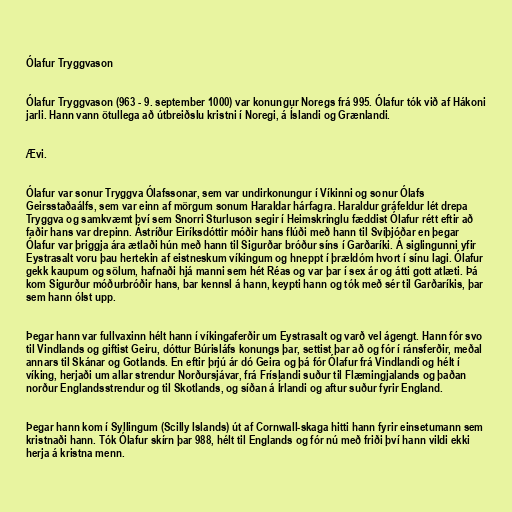
Ólafur Tryggvason

Ólafur Tryggvason (963 - 9. september 1000) var konungur Noregs frá 995. Ólafur tók við af Hákoni
jarli. Hann vann ötullega að útbreiðslu kristni í Noregi, á Íslandi og Grænlandi.

Ævi.

Ólafur var sonur Tryggva Ólafssonar, sem var undirkonungur í Víkinni og sonur Ólafs
Geirsstaðaálfs, sem var einn af mörgum sonum Haraldar hárfagra. Haraldur gráfeldur lét drepa
Tryggva og samkvæmt því sem Snorri Sturluson segir í Heimskringlu fæddist Ólafur rétt eftir að
faðir hans var drepinn. Ástríður Eiríksdóttir móðir hans flúði með hann til Svíþjóðar en þegar
Ólafur var þriggja ára ætlaði hún með hann til Sigurðar bróður síns í Garðaríki. Á siglingunni yfir
Eystrasalt voru þau hertekin af eistneskum víkingum og hneppt í þrældóm hvort í sínu lagi. Ólafur
gekk kaupum og sölum, hafnaði hjá manni sem hét Réas og var þar í sex ár og átti gott atlæti. Þá
kom Sigurður móðurbróðir hans, bar kennsl á hann, keypti hann og tók með sér til Garðaríkis, þar
sem hann ólst upp.

Þegar hann var fullvaxinn hélt hann í víkingaferðir um Eystrasalt og varð vel ágengt. Hann fór svo
til Vindlands og giftist Geiru, dóttur Búrisláfs konungs þar, settist þar að og fór í ránsferðir, meðal
annars til Skánar og Gotlands. En eftir þrjú ár dó Geira og þá fór Ólafur frá Vindlandi og hélt í
víking, herjaði um allar strendur Norðursjávar, frá Fríslandi suður til Flæmingjalands og þaðan
norður Englandsstrendur og til Skotlands, og síðan á Írlandi og aftur suður fyrir England.

Þegar hann kom í Syllingum (Scilly Islands) út af Cornwall-skaga hitti hann fyrir einsetumann sem
kristnaði hann. Tók Ólafur skírn þar 988, hélt til Englands og fór nú með friði því hann vildi ekki
herja á kristna menn.